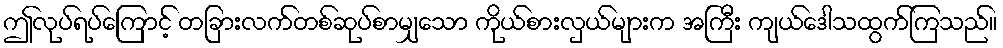
ဤလုပ်ရပ်ကြောင့် တခြားလက်တစ်ဆုပ်စာမျှသော ကိုယ်စားလှယ်များက အကြီး ကျယ်ဒေါသထွက်ကြသည်။